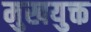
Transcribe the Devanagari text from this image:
मुखयुक्त